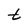
Character: t